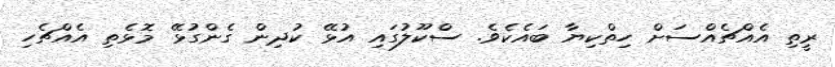
ރީތި އެއްޗެއްސަށް ހިތްކިޔާ ބައެކެވެ. ސްކޫލުގައި އުޅޭ ކުދިން ގެންގުޅޭ މޮޅެތި އެއްޗެހި